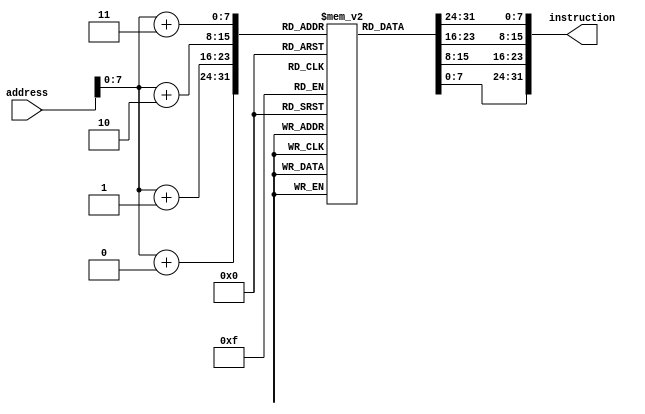
module IMEM(
input [31:0] address,
output [31:0] instruction );

reg [7:0] rom[128:0];

initial 
begin

	///////////////////////////////// Program //////////////////////////////////////////////////////

	{rom[3],rom[2],rom[1],rom[0]}     =	 32'b0000000_01111_00001_000_00001_0110011; //Adding two Numbers 15 + 1 = 16 (Storing them in Reg 1)// PC 000
	{rom[7],rom[6],rom[5],rom[4]}     =	 32'b0100000_01111_00001_000_00010_0110011; //Adding two Numbers 16 - 15 = 1 (Storing them in Reg 2)// PC 100
	{rom[11],rom[10],rom[9],rom[8]}   =	 32'b0000000_00001_00011_000_00100_0100011;  //Storing reg 1 to reg 3+offset(100)) to   PC 1000
	{rom[15],rom[14],rom[13],rom[12]} =	 32'b0000000_00010_00100_000_00100_0100011; //Storing reg 2 to reg 4+offset 100     //1100
	{rom[19],rom[18],rom[17],rom[16]}   =	 32'b0000001_00010_00001_001_00000_1100011; //Comparing reg "10" and "01" (If Branch Not Equal go to address 10000)  // PC 10000
	// Jumped Instructions
	//{rom[23],rom[22],rom[21],rom[20]}   =	 32'b0000000_00001_00010_000_00100_0100011; //It will be jumped What ever it maybe     //PC 10100
	//{rom[27],rom[26],rom[25],rom[24]}   =	 32'b0000000_00001_00010_000_00100_0100011; 	//PC 11000
	//{rom[31],rom[30],rom[29],rom[28]}   =	 32'b0000000_00001_00010_000_00100_0100011;		//PC 11100
	//{rom[35],rom[34],rom[33],rom[32]}   =	 32'b0000000_00001_00010_000_00100_0100011;		//PC 100000
	//{rom[39],rom[38],rom[37],rom[36]}   =	 32'b0000000_00001_00010_000_00100_0100011;		//PC 100100
	//{rom[43],rom[42],rom[41],rom[40]}   =	 32'b0000000_00001_00010_000_00100_0100011;		//PC 101000
	//{rom[47],rom[46],rom[45],rom[44]}   =	 32'b0000000_00001_00010_000_00100_0100011;		//PC 101100
	//{rom[51],rom[50],rom[49],rom[48]}   =	 32'b0000000_00001_00010_000_00100_0100011;
	//{rom[55],rom[54],rom[53],rom[52]}   =	 32'b0000000_00001_00010_000_00100_0100011;
	
	{rom[51],rom[50],rom[49],rom[48]}   =	 32'b000000000100_00100_000_00101_0000011; 	//loading the Values from 3+ offset 100 to reg 5//PC 110000
	{rom[55],rom[54],rom[53],rom[52]}    =	 32'b000000000100_00011_000_00111_0000011;	//loading the Values from 4+ offset 100	to reg 7//PC 110100
	{rom[59],rom[58],rom[57],rom[56]}   =	 32'b000000000000_00101_000_01111_0010011;
	{rom[63],rom[62],rom[61],rom[60]}   =	 32'b000000000000_00111_000_10001_0010011;
	//////////////////////////////// End Program ///////////////////////////////////////////////////


	///////////U Type ///////////////////////

	//{rom[3],rom[2],rom[1],rom[0]}       	=	 32'b0000000000000001000_10000_0010111;  //AUIPC
	//{rom[7],rom[6],rom[5],rom[4]}       	=	 32'b0000000000000011000_01100_0110111;  //LUI

	////////// J-Type ///////////////////////

	//{rom[3],rom[2],rom[1],rom[0]}       	=	 32'b0000000000000001000_10000_1101111;  //Jal

	////////// jalr Instr ////////////////////

	//{rom[3],rom[2],rom[1],rom[0]}       	=	 32'b000000010000_00010_000_10000_1100111; //JALr

	////////// Branch instruction ////////////

	//{rom[3],rom[2],rom[1],rom[0]}         	=	 32'b0000000_00010_00010_000_10000_1100011; //BEQ
	//{rom[3],rom[2],rom[1],rom[0]}      		=	 32'b0000000_00010_00011_001_10000_1100011; //BNE 
	//{rom[3],rom[2],rom[1],rom[0]}       		=	 32'b0000000_01011_00111_100_10000_1100011; //BLT
	//{rom[3],rom[2],rom[1],rom[0]}       		=	 32'b0000000_01011_01111_101_10000_1100011; //BGE
	//{rom[3],rom[2],rom[1],rom[0]}       		=	 32'b0000000_11000_11111_110_10000_1100011; //BLTu
	//{rom[3],rom[2],rom[1],rom[0]}       		=	 32'b0000000_10000_10111_111_10000_1100011; //BGEu


	////////// S-Type and I-Load Type /////////////////
	//{rom[3],rom[2],rom[1],rom[0]}     	=	 32'b0000000_00001_00010_000_00100_0100011; //Sb
	//{rom[7],rom[6],rom[5],rom[4]}     	=	 32'b000000000100_00010_000_00101_0000011; //lb
	//{rom[11],rom[10],rom[9],rom[8]}       =	 32'b0000000_00010_00010_000_00100_0100011; //Sb
	//{rom[15],rom[14],rom[13],rom[12]}     =	 32'b000000000100_00010_000_00110_0000011; //lb
	

	////////// I-Type basic /////////

	//{rom[3],rom[2],rom[1],rom[0]}       =	 32'b000000001110_00001_000_01111_0010011; //Addi
	//{rom[7],rom[6],rom[5],rom[4]}	 	  =	 32'b0000000_01101_00001_001_01111_0010011; //SLLi
	//{rom[11],rom[10],rom[9],rom[8]}	  =	 32'b000000001110_00001_010_01111_0010011; //SLTi
	//{rom[15],rom[14],rom[13],rom[12]}	  =	 32'b000000001110_00001_011_01111_0010011; //SLTiu
	//{rom[19],rom[18],rom[17],rom[16]}	  =	 32'b000000001110_00001_100_01111_0010011; //XORi
	//{rom[23],rom[22],rom[21],rom[20]}	  =	 32'b0000000_00001_01101_101_01111_0010011; //SRLi
	//{rom[27],rom[26],rom[25],rom[24]}	  =	 32'b0100000_00001_01101_101_01111_0010011; //SRAi
	//{rom[31],rom[30],rom[29],rom[28]}	  =	 32'b000000001110_00001_110_01111_0010011; //ORi
	//{rom[35],rom[34],rom[33],rom[32]}	  =	 32'b000000001110_00001_111_01111_0010011; //ANDi
	
	/////////// R-Type Instructions //////////////

	//{rom[3],rom[2],rom[1],rom[0]}     =	 32'b000000001110_01101_000_01100_0110011; //Add
	//{rom[7],rom[6],rom[5],rom[4]}     =	 32'b01000000111001101_000_01100_0110011; //SUB
	//{rom[11],rom[10],rom[9],rom[8]}   = 	 32'b00000000111001101_001_01100_0110011; //SLL
	//{rom[15],rom[14],rom[13],rom[12]} = 	 32'b00000000111001101_010_01100_0110011; //SLT
	//{rom[19],rom[18],rom[17],rom[16]} = 	 32'b00000000111001101_011_01100_0110011; //SLTu
	//{rom[23],rom[22],rom[21],rom[20]} = 	 32'b00000000111001101_100_01100_0110011; //XOR
	//{rom[27],rom[26],rom[25],rom[24]} = 	 32'b00000000111001101_101_01100_0110011; //SRL
	//{rom[31],rom[30],rom[29],rom[28]} = 	 32'b00000000111001101_110_01100_0110011; //OR
	//{rom[35],rom[34],rom[33],rom[32]} = 	 32'b00000000111001101_111_01100_0110011; //AND
	//{rom[39],rom[38],rom[37],rom[36]} = 	 32'b00000000111001101_110_01100_0110011; //OR
	//{rom[43],rom[42],rom[41],rom[40]} = 	 32'b01000000111001101_101_01100_0110011; //SRA
end
	assign instruction = {rom[address+3],rom[address+2],rom[address+1],rom[address+0]}; 
endmodule